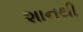
શાનથી